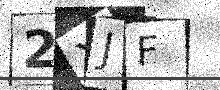
Text: 2XJF